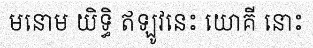
មនោម យិទ្ធិ ឥឡូវនេះ យោគី នោះ